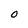
Character: 0